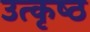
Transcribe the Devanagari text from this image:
उत्‍कृष्‍ठ